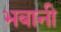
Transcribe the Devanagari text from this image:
भबानी